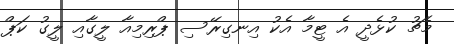
މެޗު ކުޅެދީ އެ ޓީމާ އެކު އިނގިރޭސި ޕްރިމިއާ ލީގާއި ލީގު ކަޕް